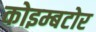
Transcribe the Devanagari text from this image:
कोइम्बटोर